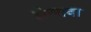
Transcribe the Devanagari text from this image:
झेलावा